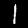
Digit: 1